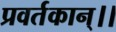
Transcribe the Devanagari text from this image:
प्रवर्तकान्।।